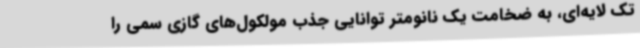
تک لایه‌ای، به ضخامت یک نانومتر توانایی جذب مولکول‌های گازی سمی را